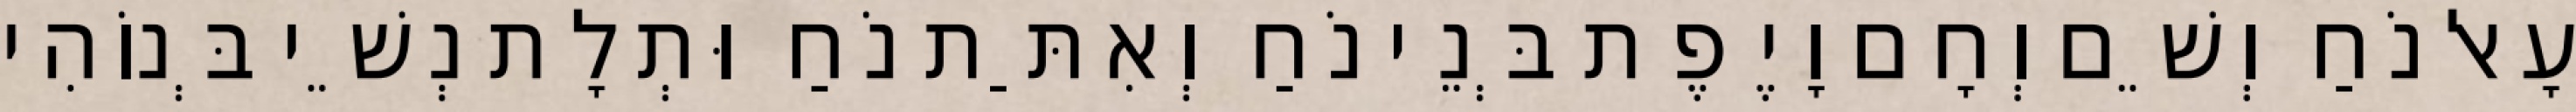
עָאל נֹחַ וְשֵׁם וְחָם וָיֶפֶת בְּנֵי נֹחַ וְאִתַּת נֹחַ וּתְלָת נְשֵׁי בְּנוֹהִי